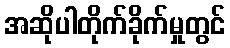
အဆိုပါတိုက်ခိုက်မှုတွင်